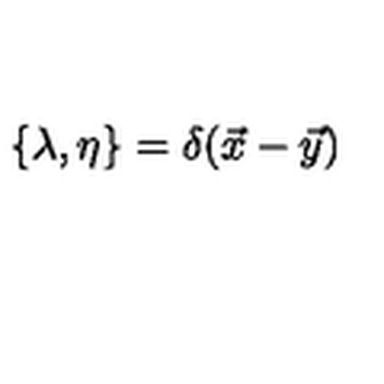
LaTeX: \{ \lambda , \eta \} = \delta ( \vec { x } - \vec { y } )